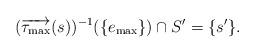
LaTeX: \begin{align*}(\overrightarrow{\tau_{{\rm max}}}(s))^{-1}(\{e_{{\rm max}}\})\cap S'=\{s'\}.\end{align*}